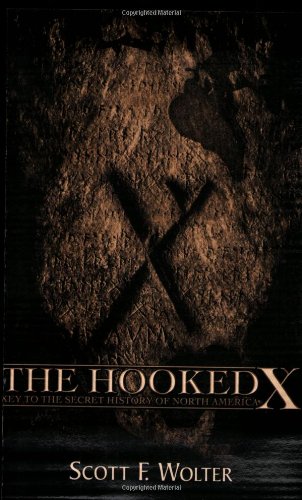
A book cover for The Hooked X: Key to the Secret History of North America; Scott Wolter; Religion & Spirituality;